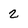
Character: 2